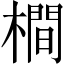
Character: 橺